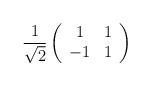
LaTeX: \begin{align*}\frac{1}{\sqrt{2}} \left( \begin{array}{cc}1&1 \\-1&1 \end{array} \right)\end{align*}